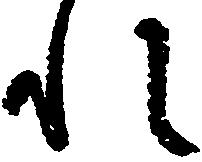
れ